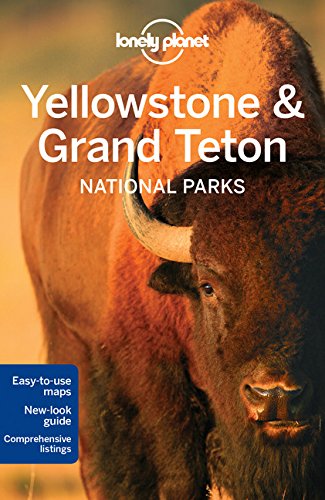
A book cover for Lonely Planet Yellowstone & Grand Teton National Parks (Travel Guide); Lonely Planet; Travel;